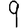
Digit: 9